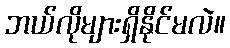
ဘယ်လိုများရှိနိုင်မလဲ။